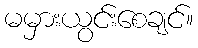
မမှားယွင်းစေချင်။